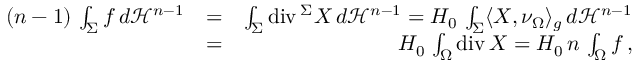
\begin{array} { r l r } { ( n - 1 ) \, \int _ { \Sigma } f \, d \mathcal { H } ^ { n - 1 } } & { = } & { \int _ { \Sigma } \mathrm { d i v } \, ^ { \Sigma } X \, d \mathcal { H } ^ { n - 1 } = H _ { 0 } \, \int _ { \Sigma } \langle X , \nu _ { \Omega } \rangle _ { g } \, d \mathcal { H } ^ { n - 1 } } \\ & { = } & { H _ { 0 } \, \int _ { \Omega } \mathrm { d i v } \, X = H _ { 0 } \, n \, \int _ { \Omega } f \, , } \end{array}